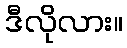
ဒီလိုလား။